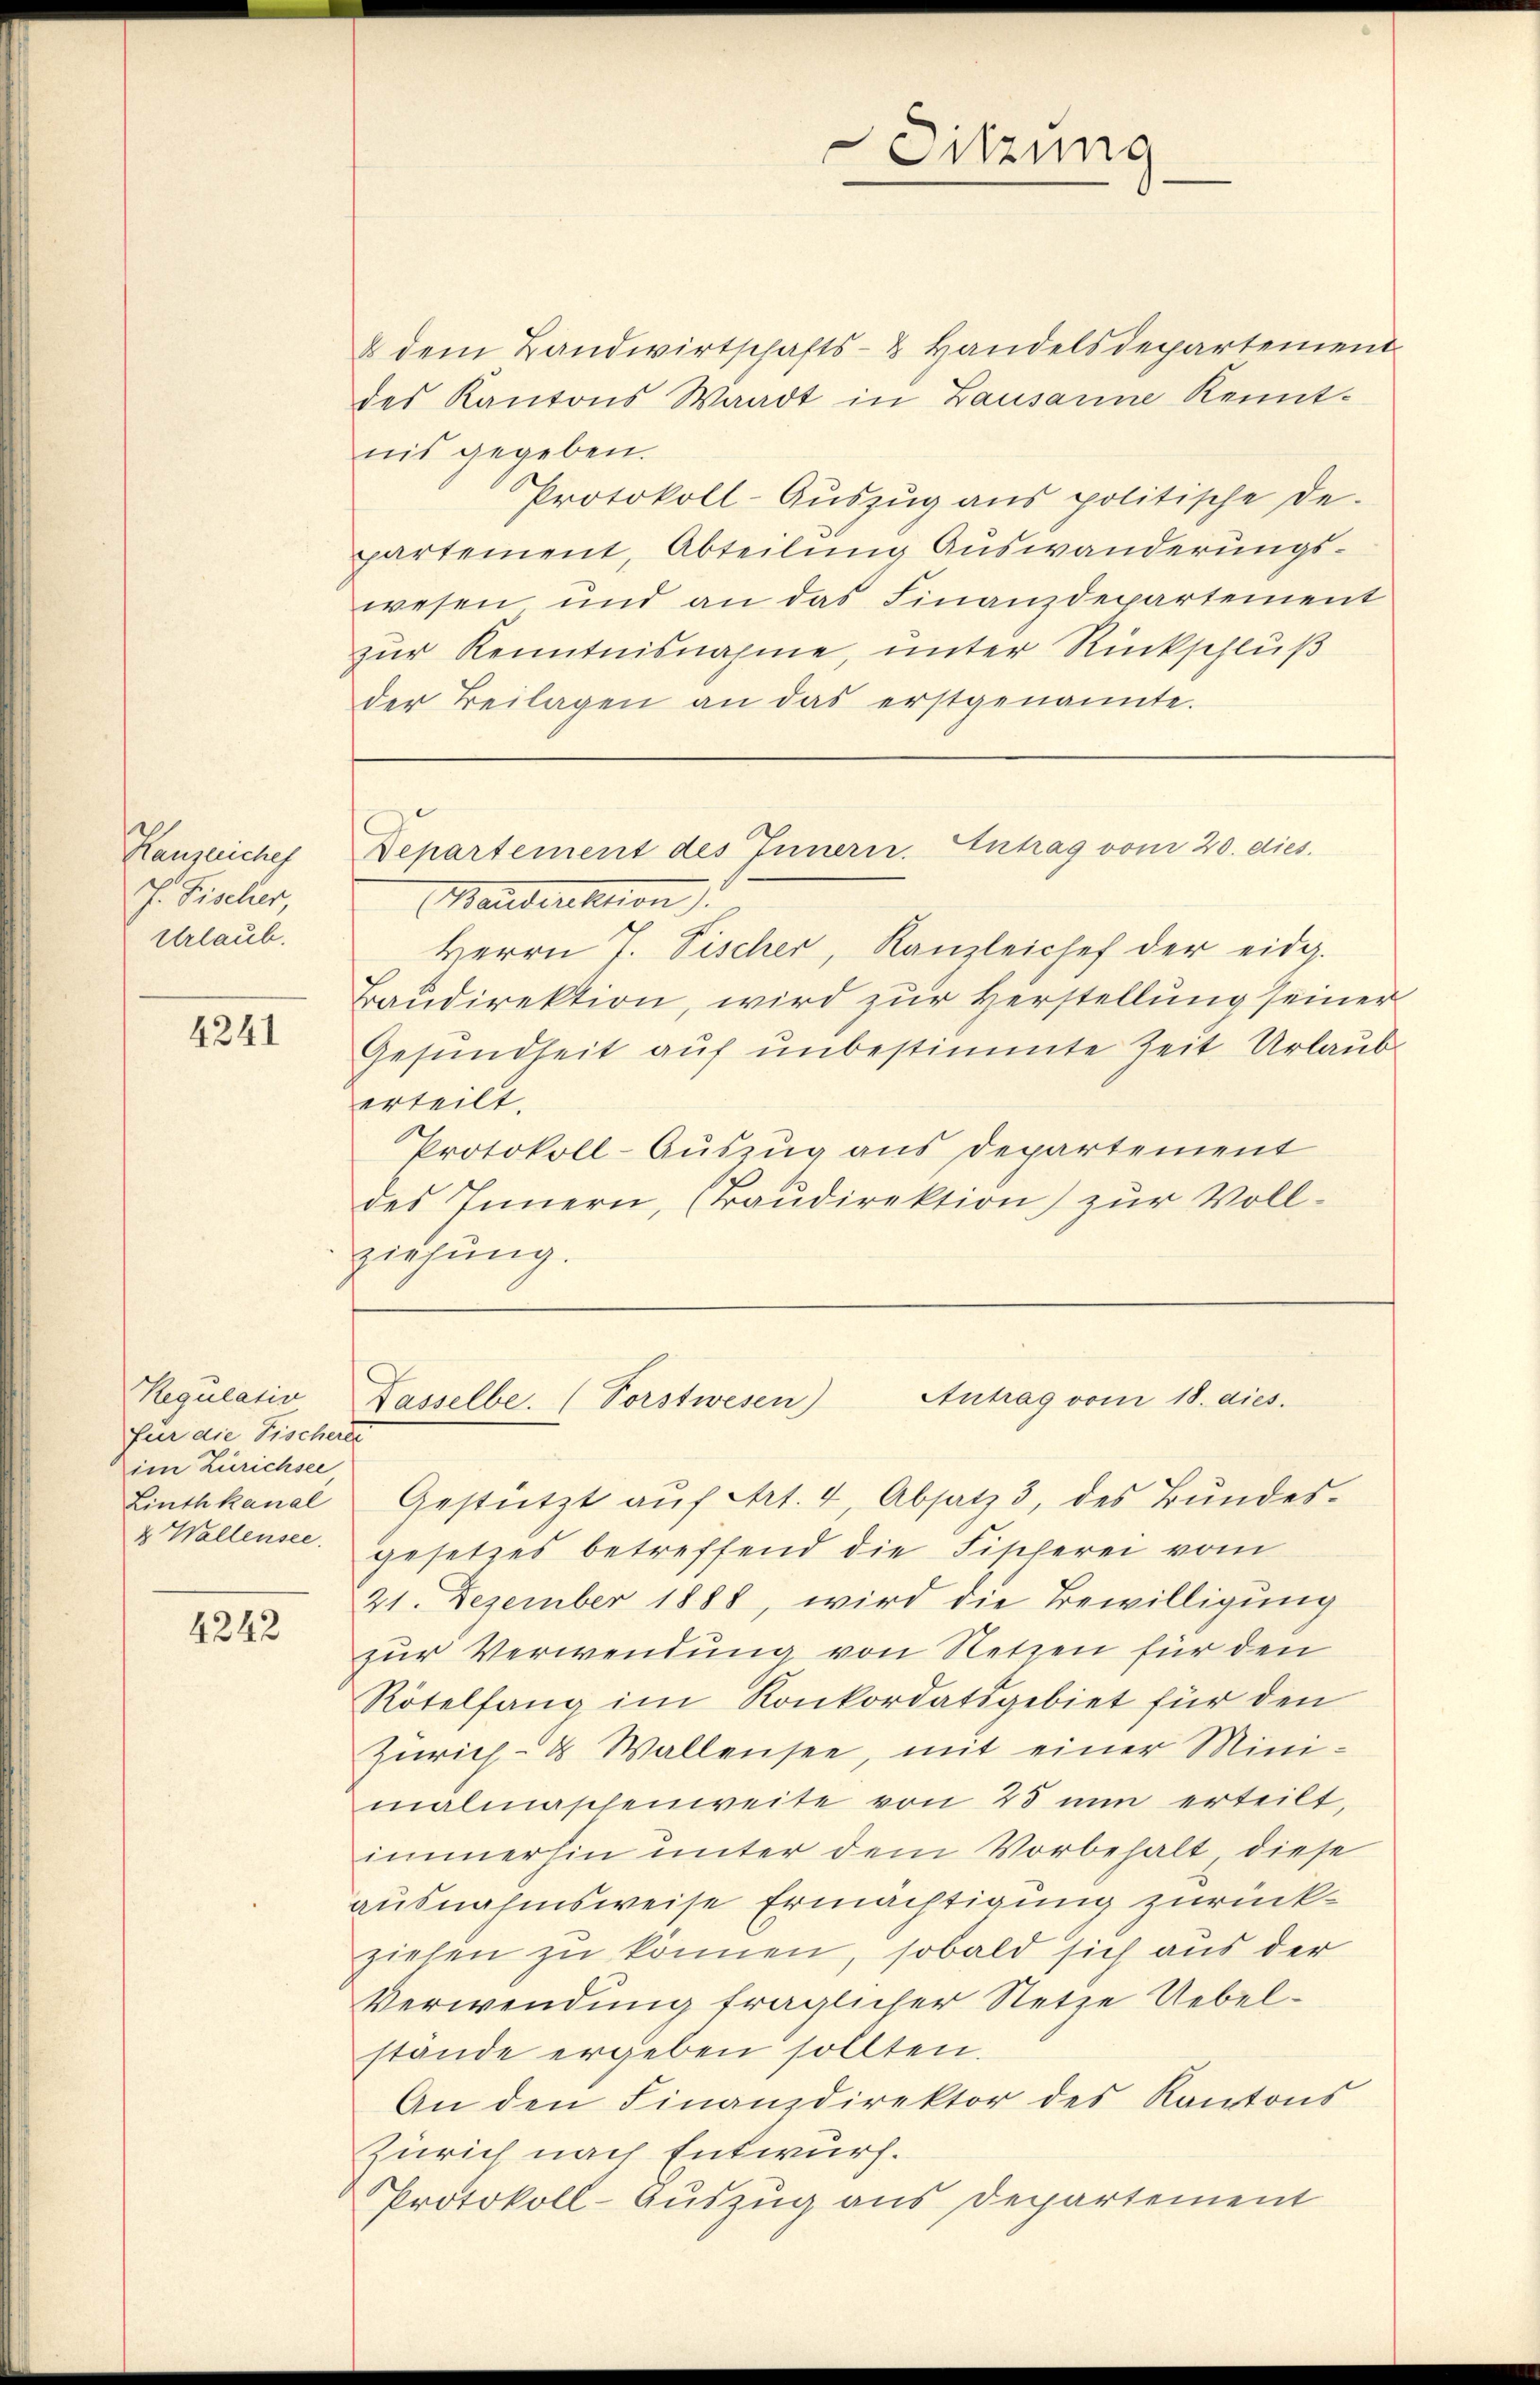
Hanzeiches
J. Fischer,
Urlaub.

4241

für die Fischerei
im Zürichsee
& Wallensee.

4242

& dem Landwirtschafts- & Handelsdepartement
des Kantons Waadt in Lausanne Kenntnis gegeben.
Protokoll-Aŭszŭg ans politische De-
partement, Abteilung Auswanderungswesen und an das Finanzdepartement
zur Kenntnisnahme, unter Rückschluß
der Beilagen an das erstgenannte.

Maudirektion
Herrn J. Fischer, Kanzleichef der eidg.
Baudirektion, wird zur Herstellung seiner
Gesundheit auf unbestimmte Zeit Urlaub-
erteilt.
Protokoll-Auszug aus Departement
des Innern, (Baŭdirektion zŭr Voll-
ziehung.

Sitzung

Departement des Innern. Antrag vom 20. dies

Regulativ Wasselbe. (Vorstwesen) Antrag vom 18. dies.

Linthkanal-Gestützt aŭf Art. 4, Absatz 3, des Bŭndes-
gesetzes betreffend die Fischerei vom
21. Dezember 1888, wird die Bewilligung
zur Verwendung von Netzen für den
Rötelfang im Konkordatsgebiet für den
Zürich- & Wallensee, mit einer Minimalmaschenweite von 25 nun erteilt,
immerhin unter dem Vorbehalt, diese
ausnahmsweise Ermächtigung zurückziehen zu können, sobald sich aus der
Verwendung fraglicher Netze Uebelstände ergeben sollten.
An den Finanzdirektor des Kantons
Zürich nach Entwurf.
Protokoll-Auszug aus Departement